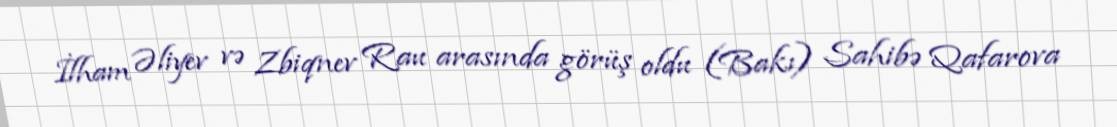
İlham Əliyev və Zbiqnev Rau arasında görüş oldu (Bakı) Sahibə Qafarova